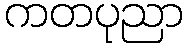
ကတပုညာ